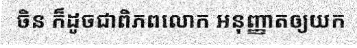
ចិន ក៏ដូចជាពិភពលោក អនុញ្ញាតឲ្យយក